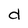
Character: d